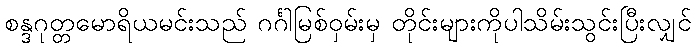
စန္ဒဂုတ္တမောရိယမင်းသည် ဂင်္ဂါမြစ်ဝှမ်းမှ တိုင်းများကိုပါသိမ်းသွင်းပြီးလျှင်